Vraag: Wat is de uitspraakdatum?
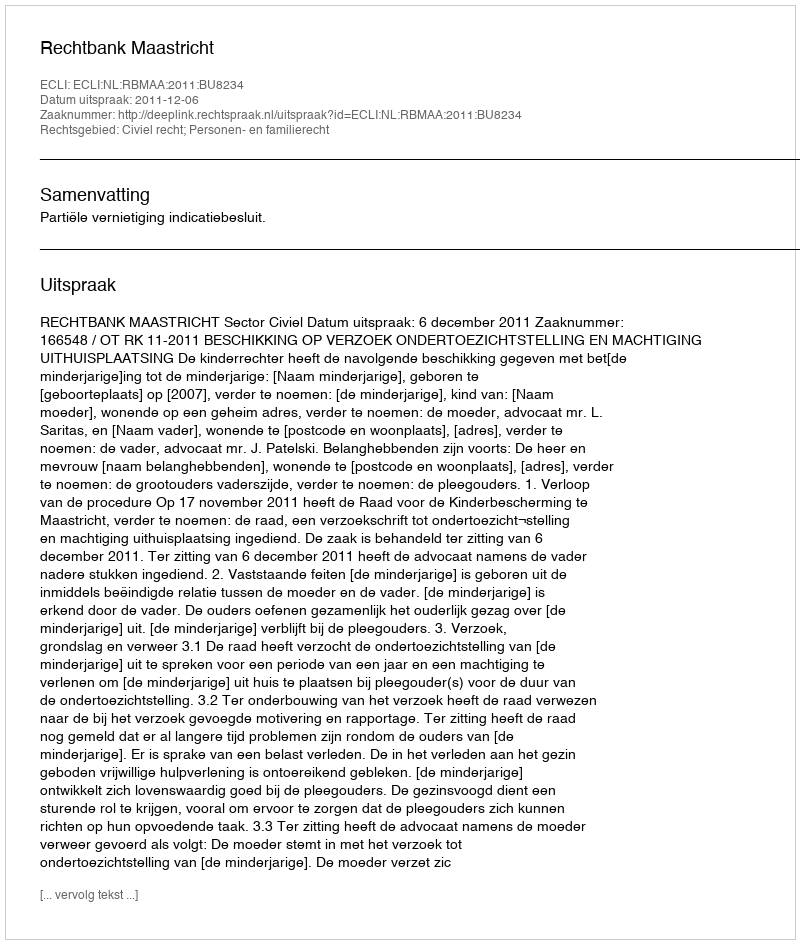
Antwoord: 2011-12-06